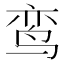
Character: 鸾